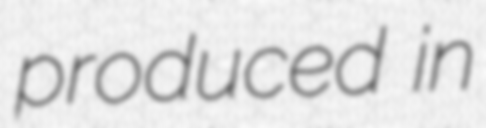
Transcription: produced in